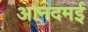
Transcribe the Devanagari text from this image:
आनंदमई